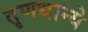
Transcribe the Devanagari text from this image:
तृणधान्ये